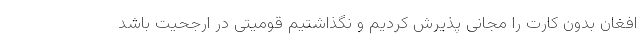
افغان بدون کارت را مجانی پذیرش کردیم و نگذاشتیم قومیتی در ارجحیت باشد